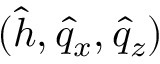
( \hat { h } , \hat { q } _ { x } , \hat { q } _ { z } )